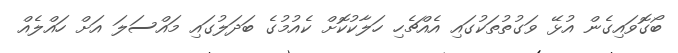
ބޯގޮވައިގެން އުޅޭ ވަގުތުތަކުގައި އެއްޗެހި ހަލާކުކޮށް ކެއުމުގެ ބަދަލުގައި މައްސަލަ އަށް ހައްލެއް